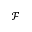
\mathcal { F }